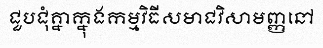
ជួបជុំគ្នាក្នុងកម្មវិធីសមាជវិសាមញ្ញនៅ